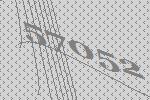
57052